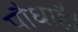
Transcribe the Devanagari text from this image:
पौधाहै।